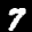
Label: 7